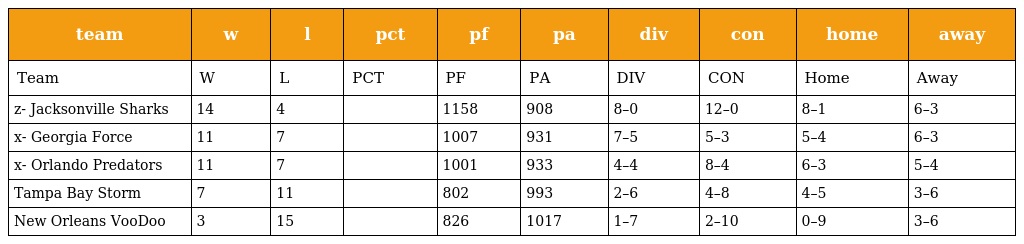
| team | w | l | pct | pf | pa | div | con | home | away |
 | --- | --- | --- | --- | --- | --- | --- | --- | --- | --- |
 | Team | W | L | PCT | PF | PA | DIV | CON | Home | Away |
 | z- Jacksonville Sharks | 14 | 4 |  | 1158 | 908 | 8–0 | 12–0 | 8–1 | 6–3 |
 | x- Georgia Force | 11 | 7 |  | 1007 | 931 | 7–5 | 5–3 | 5–4 | 6–3 |
 | x- Orlando Predators | 11 | 7 |  | 1001 | 933 | 4–4 | 8–4 | 6–3 | 5–4 |
 | Tampa Bay Storm | 7 | 11 |  | 802 | 993 | 2–6 | 4–8 | 4–5 | 3–6 |
 | New Orleans VooDoo | 3 | 15 |  | 826 | 1017 | 1–7 | 2–10 | 0–9 | 3–6 |